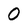
Character: 0